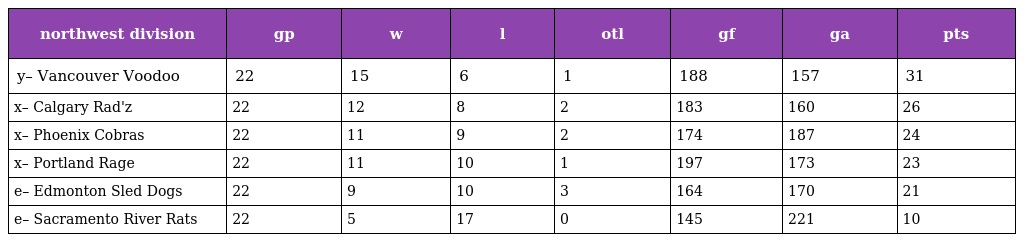
| northwest division | gp | w | l | otl | gf | ga | pts |
 | --- | --- | --- | --- | --- | --- | --- | --- |
 | y– Vancouver Voodoo | 22 | 15 | 6 | 1 | 188 | 157 | 31 |
 | x– Calgary Rad'z | 22 | 12 | 8 | 2 | 183 | 160 | 26 |
 | x– Phoenix Cobras | 22 | 11 | 9 | 2 | 174 | 187 | 24 |
 | x– Portland Rage | 22 | 11 | 10 | 1 | 197 | 173 | 23 |
 | e– Edmonton Sled Dogs | 22 | 9 | 10 | 3 | 164 | 170 | 21 |
 | e– Sacramento River Rats | 22 | 5 | 17 | 0 | 145 | 221 | 10 |